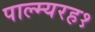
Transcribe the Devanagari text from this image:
पाल्म्यरह१